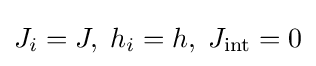
J_{i}=J,\;h_{i}=h,\;J_{\rm {int}}=0